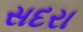
સદરા